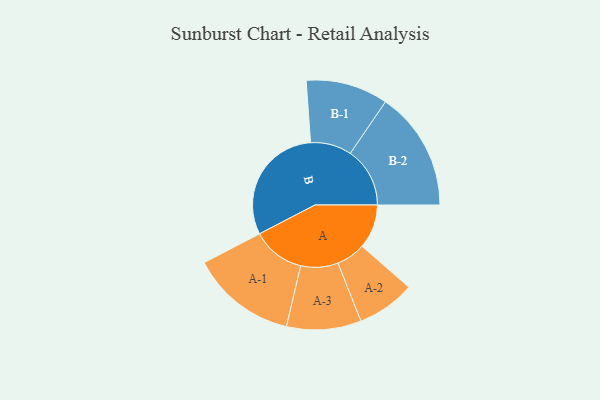
{"axis": {"x": "Segment", "y": "Value"}, "legend": ["", "A", "B"], "data": [{"x": "A", "y": 162, "type": ""}, {"x": "B", "y": 446, "type": ""}, {"x": "A-1", "y": 194, "type": "A"}, {"x": "A-2", "y": 107, "type": "A"}, {"x": "A-3", "y": 137, "type": "A"}, {"x": "B-1", "y": 151, "type": "B"}, {"x": "B-2", "y": 219, "type": "B"}]}